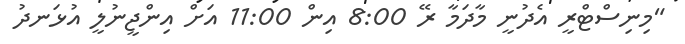
"މިނިސްޓްރީ އެދުނީ މާދަމާ ރޭ 8:00 އިން 11:00 އަށް އިންޖީނުލީ އުޅަނދު